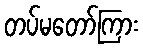
တပ်မတော်ကြား